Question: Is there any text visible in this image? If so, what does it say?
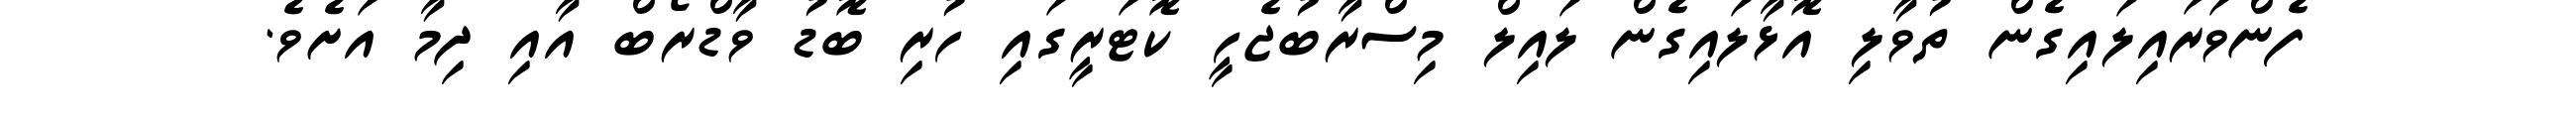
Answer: ފެންވަރައިލައިގެން ތުވާލި އޮޅާލައިގެން ލައިލް މިސްރާބުޖެހީ ކޮޓަރީގައި ހުރި ބޮޑު ވާޑްރޯބް އާއި ދިމާ އަށެވެ.